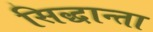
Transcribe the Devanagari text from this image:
सिद्धान्ता